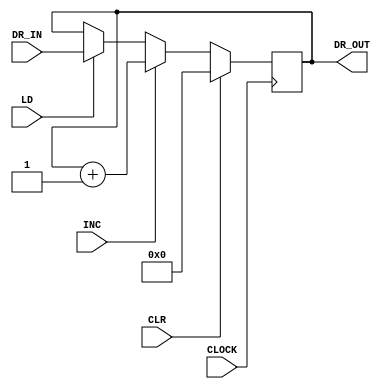
`timescale 1ns / 1ps
//////////////////////////////////////////////////////////////////////////////////
// Company: 
// Engineer: 
// 
// Design Name: 
// Module Name: DR_Design
// Project Name: 
// Target Devices: 
// Tool Versions: 
// Description: 
// 
// Dependencies: 
// 
// Revision:
// Revision 0.01 - File Created
// Additional Comments:
// 
//////////////////////////////////////////////////////////////////////////////////


module DR_Design(


    input LD,
    input CLR,
    input INC,
    input CLOCK,
    input [15:0] DR_IN,
    output reg [15:0] DR_OUT
    );
    
initial DR_OUT = 0;
        
        always @(posedge CLOCK)
        
        begin
            if(CLR)
            DR_OUT <= 16'b0;
             else if(INC)
            DR_OUT <= DR_OUT +1;
             else if(LD)
            DR_OUT <= DR_IN;
            end
            
endmodule